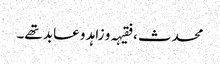
محدث ، فقیہہ و زاہد و عابد تھے۔